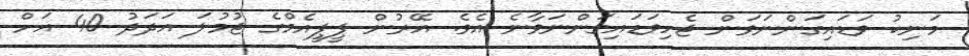
މަނިކު ވަޑައިގަންނަވަން ޖެހިވަޑައިގަންނަވާނެ އެވެ. އޭރުން ޕީޕީއެމްގެ ޖުމުލަ އަދަދު 40 އަށް